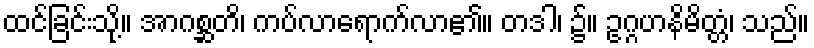
ထင်ခြင်းသို့။ အာဂစ္ဆတိ၊ ကပ်လာရောက်လာ၏။ တဒါ၊ ၌။ ဥဂ္ဂဟနိမိတ္တံ၊ သည်။